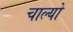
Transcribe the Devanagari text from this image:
चाल्‍यो